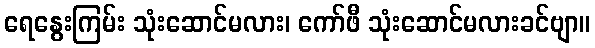
ရေနွေးကြမ်း သုံးဆောင်မလား၊ ကော်ဖီ သုံးဆောင်မလားခင်ဗျာ။